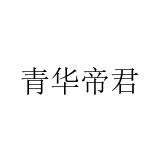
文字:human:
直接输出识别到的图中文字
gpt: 青华帝君